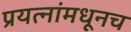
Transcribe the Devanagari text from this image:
प्रयत्नांमधूनच